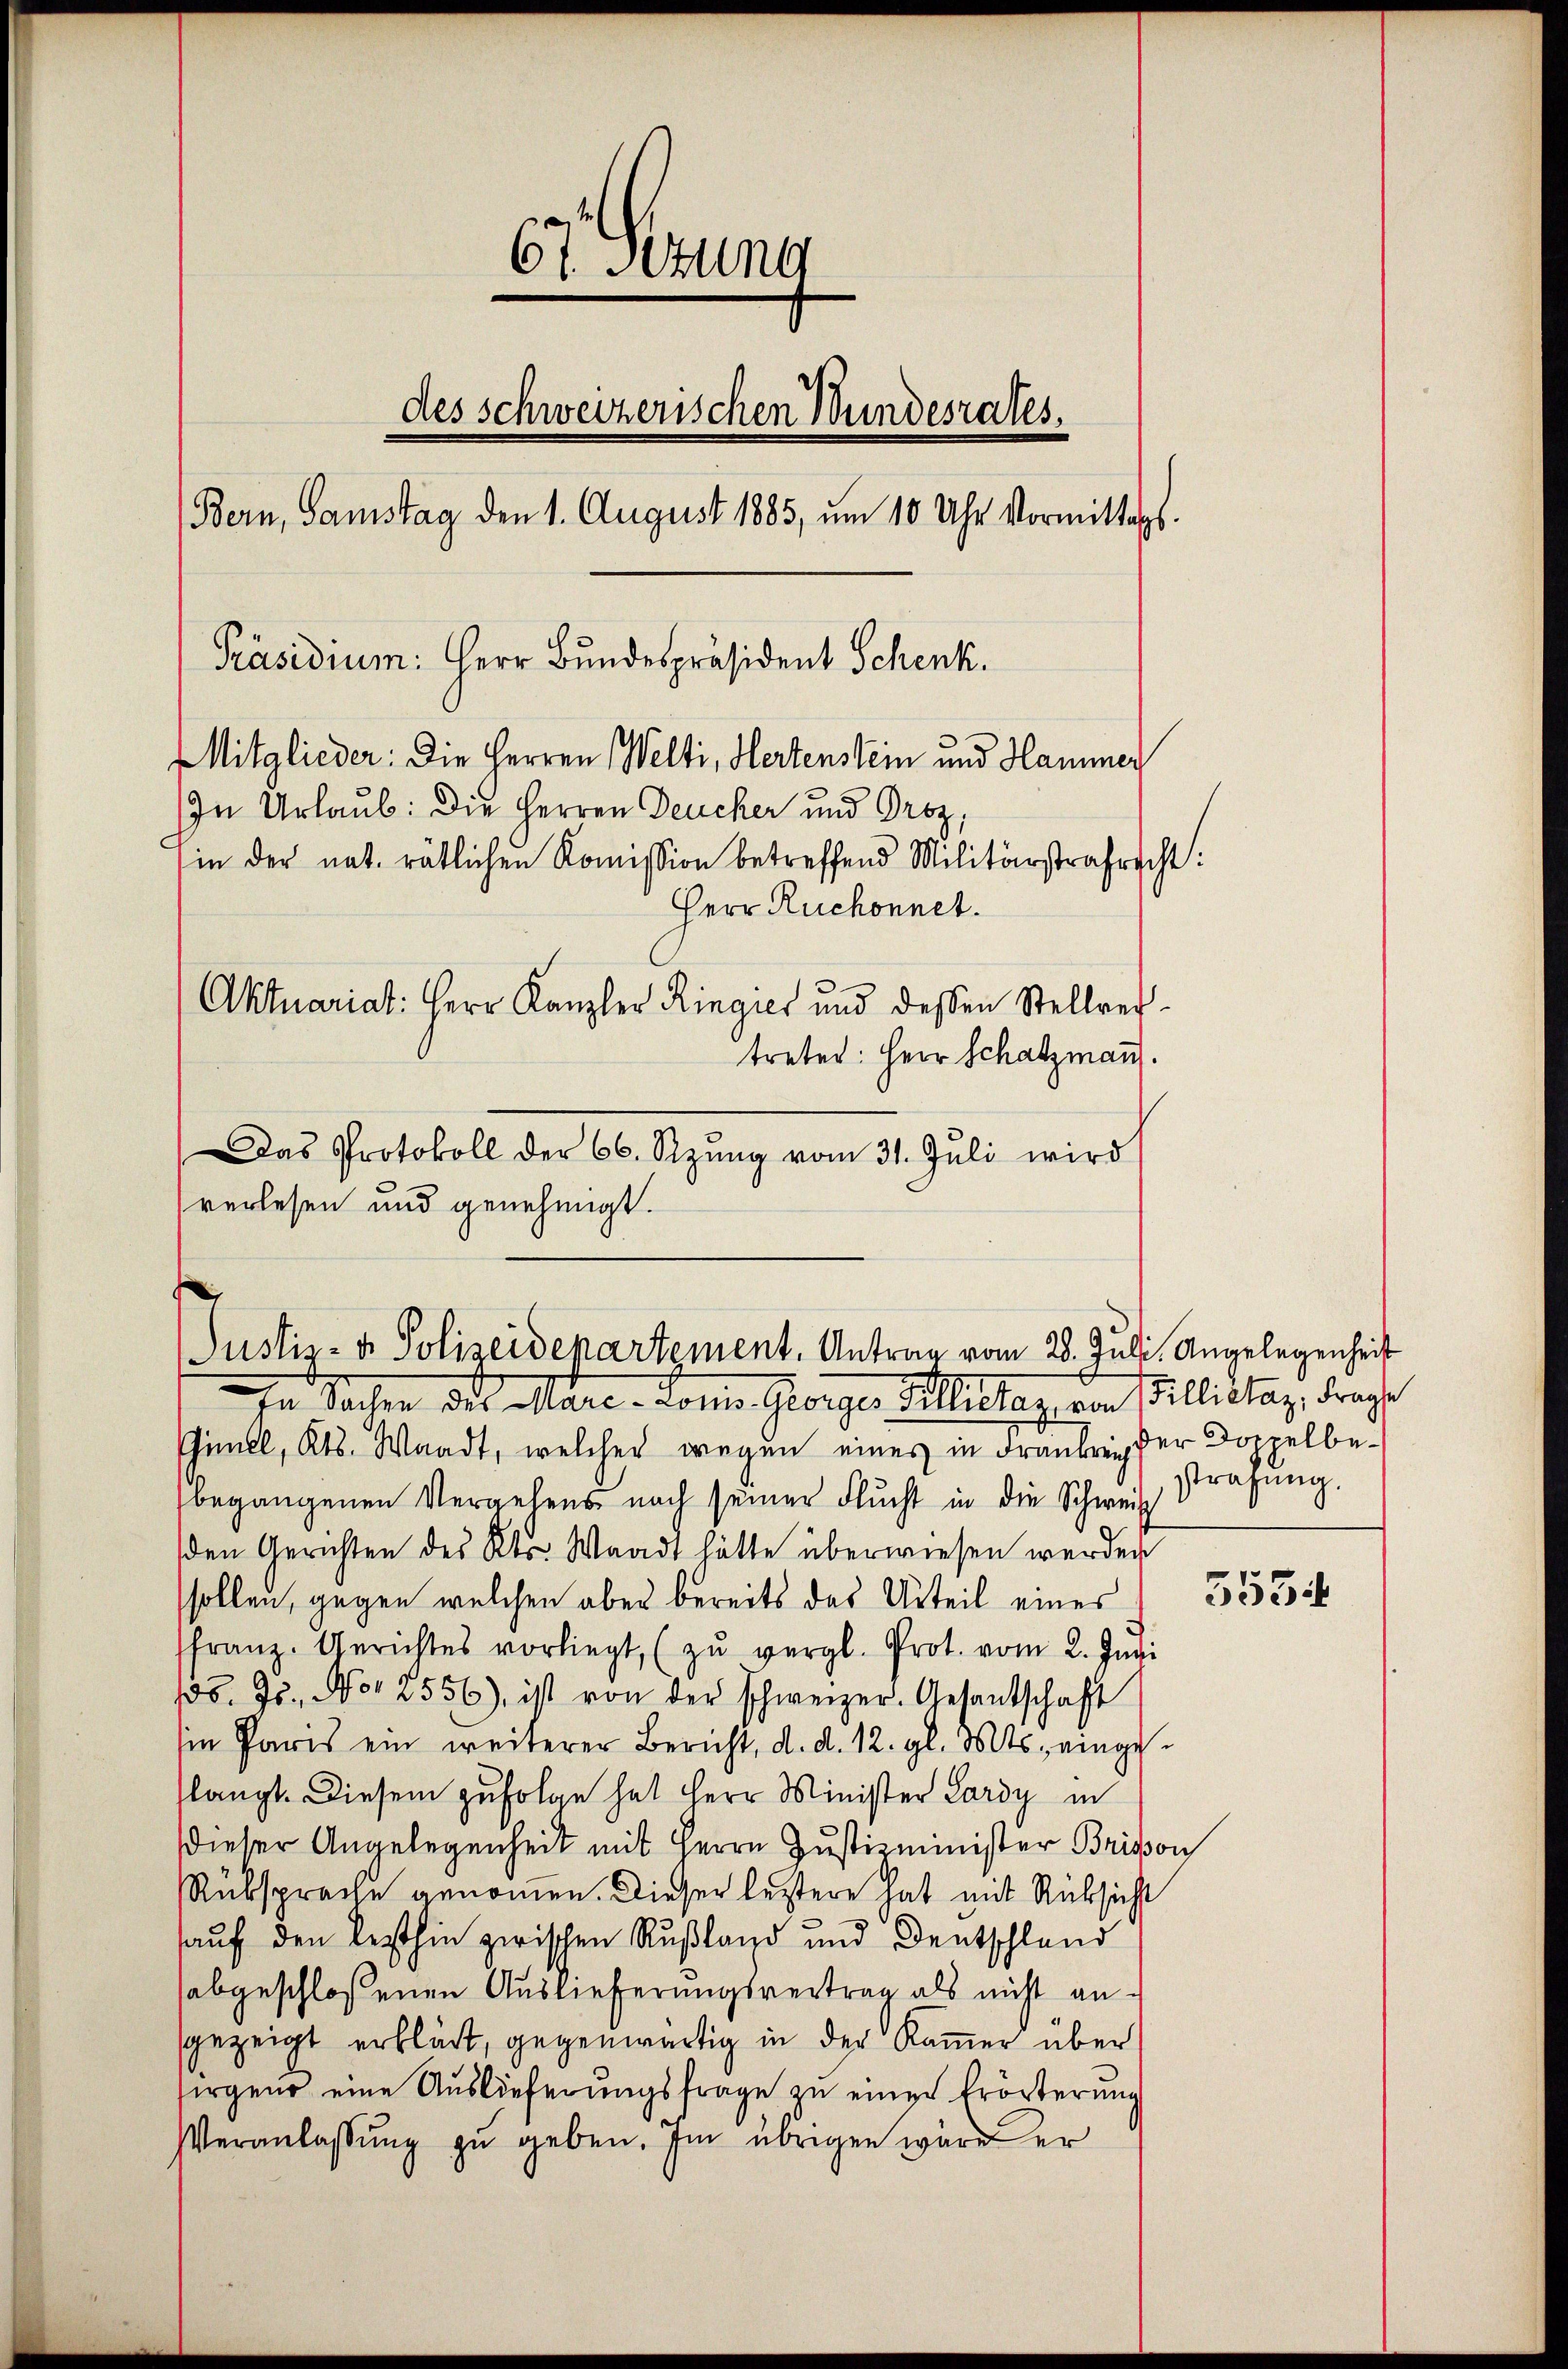
67. Setung
des schweizerischen Wundesrates.
Bern, Samstag den 1. August 1885, um 10 Uhr Vormittags.
Präsidium: Herr Bundespräsident Schenk.
Mitglieder: Die Herren Welti, Hertenstein und Hammer
In Urlaub. Die Herren Deucher und Proz
(in der nat. rätlichen Komission betreffend Militärstrafrecht.
Herr Ruchonnet.
Aktuariat: Herr Kanzler Ringies und dessen Stellver-
treter: Herr Schatzmann.

Das Protokoll der 66. Szŭng vom 31. Jŭli wird
verlesen und genehmigt.

Justiz- & Polizeidepartement. Antrag vom 28. Juli, Angelegenheit
 Sacher des Mare-Lonie Georger Billerlag von Billictag, drage

Günel, Kts. Waadt, welcher wegen eines in Frankreider Doppelbebegangenen Vergehens nach seiner Flucht in die Schweiz
den Gerichten des Kts. Waadt hätte überwiesen werden
sollen, gegen welchen aber bereits das Urteil eines
ffranz. Gerichtes vorliegt, (zŭ vergl. Prot. vom 2. Juni
186. Js., No 2556), ist von der schweizer. Gesantschaft
in Paris ein weiterer Bericht, d. d. 12. gl. Mts. eingeslangt. Diesem zufolge hat Herr Minister Lardy in
dieser Angelegenheit mit Herrn Justizminister Brisson
Rüksprache genommen. Dieser leztere hat mit Rücksicht
auf den Resthin zwischen Rußland und Deutschland
abgeschloßenen Auslieferungsvertrag als nicht angezeigt erklärt, gegenwärtig in der Kamer über
sirgend eine Auslieferungsfrage zu einer Erörterung
VVeranlassung zu geben. Im übrigen wäre er

strafung.

3534